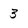
Character: 3